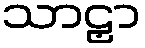
သာဠှာ